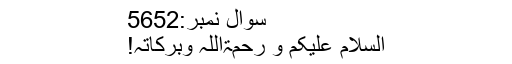
سوال نمبر:5652
السلام علیکم و رحمۃاللہ وبرکاتہ!